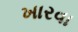
ખારવા